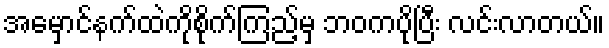
အမှောင်နက်ထဲကိုစိုက်ကြည့်မှ ဘဝကပိုပြီး လင်းလာတယ်။